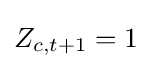
Z_{c,t+1}=1